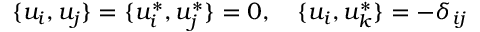
\{ u _ { i } , u _ { j } \} = \{ u _ { i } ^ { * } , u _ { j } ^ { * } \} = 0 , ~ ~ ~ \{ u _ { i } , u _ { k } ^ { * } \} = - \delta _ { i j }